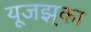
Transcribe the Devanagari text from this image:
यूजझ्‌का